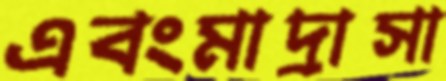
এবংমাদ্রাসা